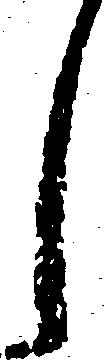
し